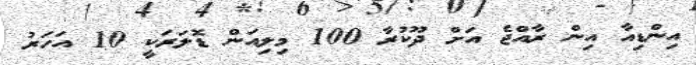
އިންޑިއާ އިން ރާއްޖެ އަށް ދޫކުރާ 100 މިލިއަން ޑޮލަރަކީ 10 އަހަރު